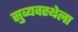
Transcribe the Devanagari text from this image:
सुव्यवस्थेला